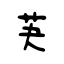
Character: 芵